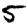
Digit: 5